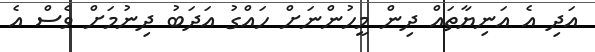
އަދި އެ އަނިޔާތައް ދިން މީހުންނަށް ހައްގު އަދަބު ދިނުމަށް ވެސް އެ